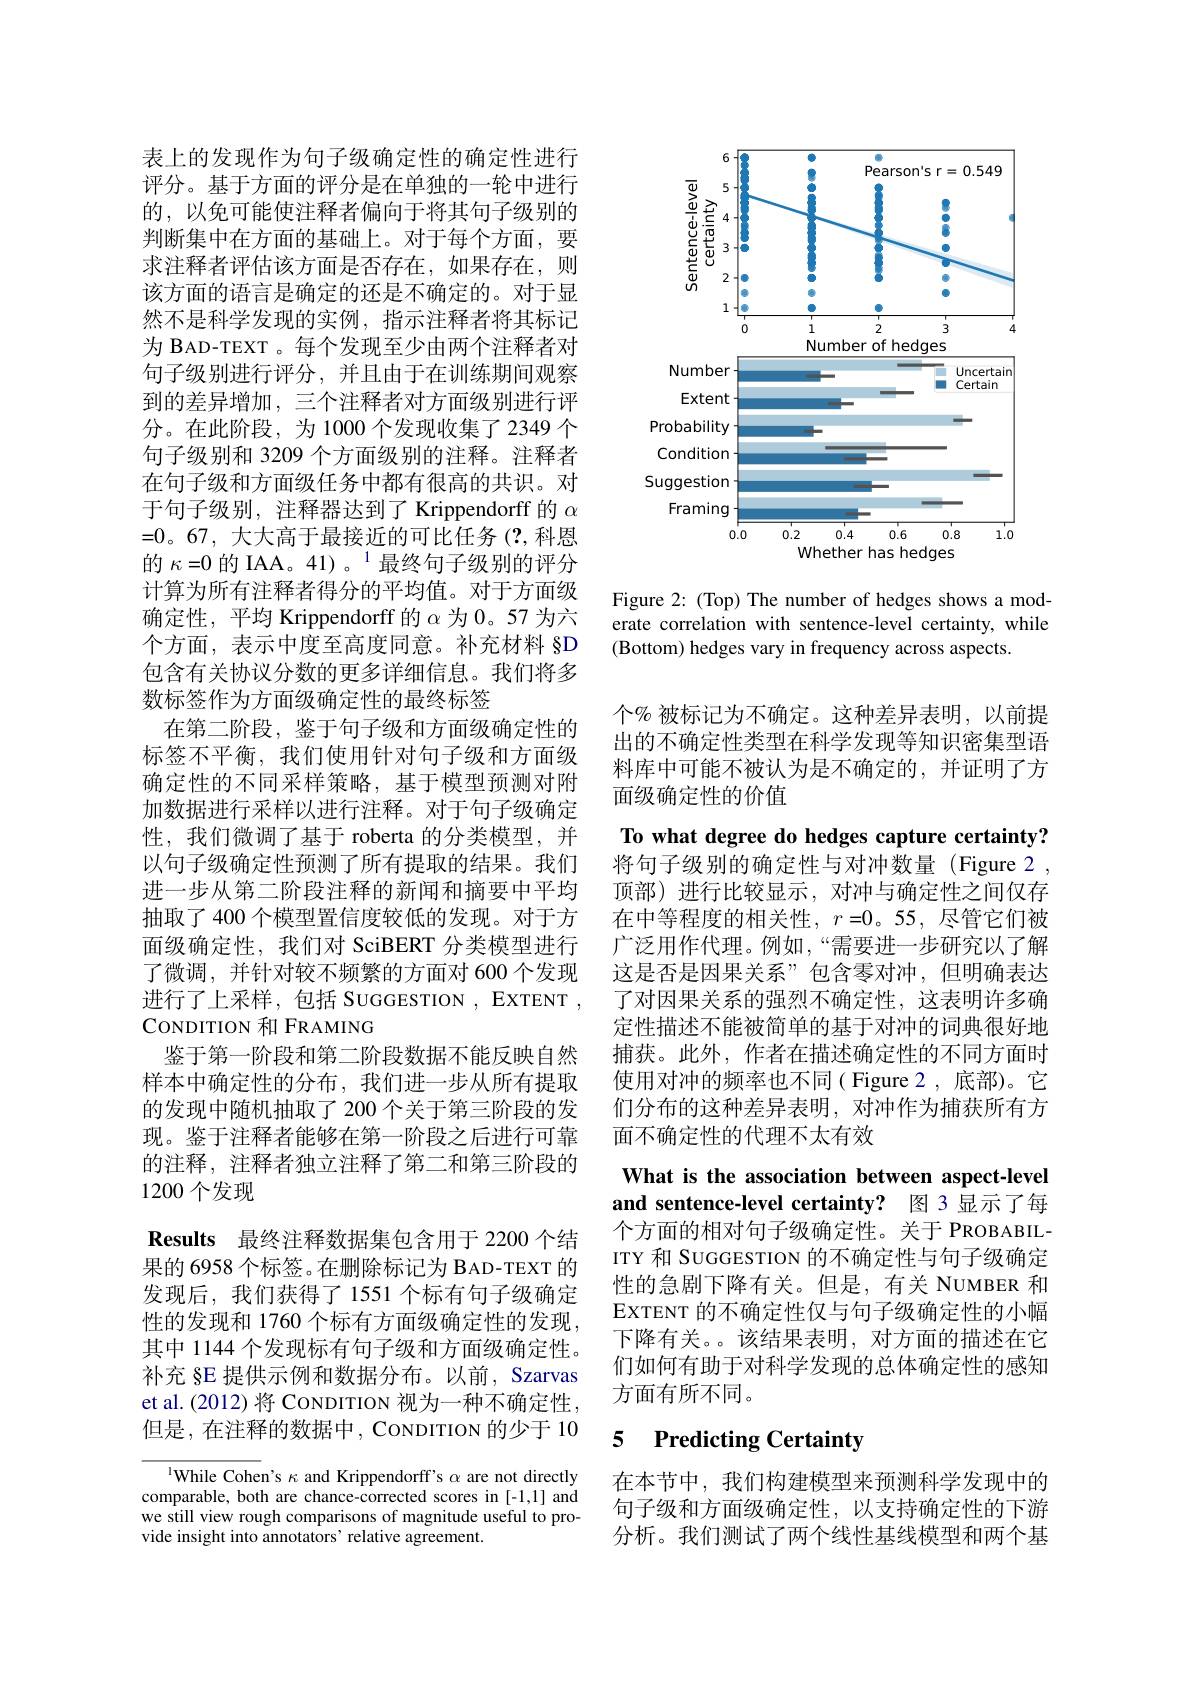
表上的发现作为句子级确定性的确定性进行评分。基于方面的评分是在单独的一轮中进行的，以免可能使注释者偏向于将其句子级别的判断集中在方面的基础上。对于每个方面，要求注释者评估该方面是否存在，如果存在，则该方面的语言是确定的还是不确定的。对于显然不是科学发现的实例，指示注释者将其标记为 BAD-TEXT 。每个发现至少由两个注释者对句子级别进行评分，并且由于在训练期间观察到的差异增加，三个注释者对方面级别进行评分。在此阶段，为 1000 个发现收集了 2349 个句子级别和 3209 个方面级别的注释。注释者在句子级和方面级任务中都有很高的共识。对于句子级别，注释器达到了 Krippendorff 的$\alpha$ =0。67,大大高于最接近的可比任务(?,科恩的 $\kappa=0\text{ 的 IAA。41)。}^{1}$最终句子级别的评分计算为所有注释者得分的平均值。对于方面级确定性，平均 Krippendorff 的$\alpha$为 0。57 为六个方面，表示中度至高度同意。补充材料 §D 包含有关协议分数的更多详细信息。我们将多数标签作为方面级确定性的最终标签
在第二阶段，鉴于句子级和方面级确定性的标签不平衡，我们使用针对句子级和方面级确定性的不同采样策略，基于模型预测对附加数据进行采样以进行注释。对于句子级确定性，我们微调了基于 roberta 的分类模型，并以句子级确定性预测了所有提取的结果。我们进一步从第二阶段注释的新闻和摘要中平均抽取了 400 个模型置信度较低的发现。对于方面级确定性，我们对 SciBERT 分类模型进行了微调，并针对较不频繁的方面对 600 个发现进行了上采样，包括 SUGGESTION , EXTENT , CONDITION 和 FRAMING
鉴于第一阶段和第二阶段数据不能反映自然样本中确定性的分布，我们进一步从所有提取的发现中随机抽取了 200 个关于第三阶段的发现。鉴于注释者能够在第一阶段之后进行可靠的注释，注释者独立注释了第二和第三阶段的1200个发现
Results 最终注释数据集包含用于 2200 个结果的 6958 个标签。在删除标记为 BAD-TEXT 的发现后，我们获得了1551个标有句子级确定性的发现和 1760 个标有方面级确定性的发现， 其中 1144 个发现标有句子级和方面级确定性。补充 §E 提供示例和数据分布。以前，Szarvas et al.(2012)将 CoNDITION 视为一种不确定性但是，在注释的数据中，CONDITION 的少于 10
IWhile Cohen's $\kappa$ and Krippendorff's $\alpha$ are not directly

comparable, both are chance-corrected scores in [-1,1] and we still view rough comparisons of magnitude useful to provide insight into annotators' relative agreement.

<FigureHere>

Figure 2: (Top) The number of hedges shows a moderate correlation with sentence-level certainty, while (Bottom) hedges vary in frequency across aspects.

个% 被标记为不确定。这种差异表明，以前提出的不确定性类型在科学发现等知识密集型语料库中可能不被认为是不确定的，并证明了方面级确定性的价值

To what degree do hedges capture certainty? 将句子级别的确定性与对冲数量(Figure 2 , 顶部)进行比较显示，对冲与确定性之间仅存在中等程度的相关性，$r=0$。55,尽管它们被广泛用作代理。例如，“需要进一步研究以了解这是否是因果关系”包含零对冲，但明确表达了对因果关系的强烈不确定性，这表明许多确定性描述不能被简单的基于对冲的词典很好地捕获。此外，作者在描述确定性的不同方面时使用对冲的频率也不同( Figure 2,底部)。它们分布的这种差异表明，对冲作为捕获所有方面不确定性的代理不太有效
What is the association between aspect-level and sentence-level certainty? 图 3 显示了每个方面的相对句子级确定性。关于 PROBABILITY 和 SUGGESTION 的不确定性与句子级确定性的急剧下降有关。但是，有关 NUMBER 和

EXTENT 的不确定性仅与句子级确定性的小幅下降有关。该结果表明，对方面的描述在它们如何有助于对科学发现的总体确定性的感知方面有所不同。

# 5 Predicting Certainty

在本节中，我们构建模型来预测科学发现中的句子级和方面级确定性，以支持确定性的下游分析。我们测试了两个线性基线模型和两个基